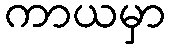
ကာယမှာ